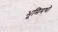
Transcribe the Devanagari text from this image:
भूमिमथो